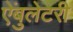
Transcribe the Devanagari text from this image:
ऐंबुलेटरी